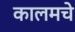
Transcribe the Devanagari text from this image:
कालमचे